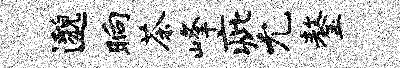
邈晌茶峰疵允鏊